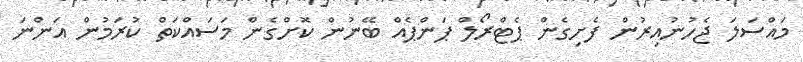
މައްސަލަ ޖެހުނުއިރުން ފެށިގެން ޕެޓްރޯލް ޕަންޕެއް ބޭނުން ކޮށްގެން މަސައްކަތް ކުރަމުން އަންނަ